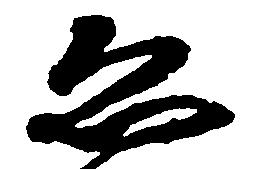
ゑ